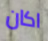
اكان